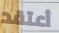
أعتقد